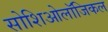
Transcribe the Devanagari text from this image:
सोशिओलॉजिकल